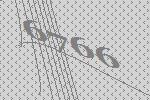
6766